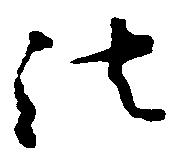
法